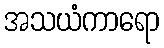
အသယံကာရော